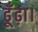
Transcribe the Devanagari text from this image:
ढूँढ़ा।